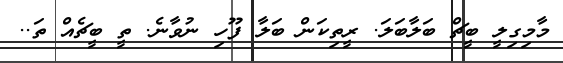
މާމިގިލީ ބީޗް ބަލާބަލަ. ރީތިކަން ބަލާ ފޫހި ނުވާނެ. ތީ ބީޗެއް ތަ..